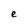
Character: e